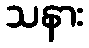
သနား